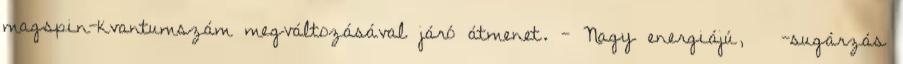
magspin-kvantumszám megváltozásával járó átmenet. - Nagy energiájú,  -sugárzás